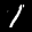
Label: 1